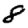
Digit: 8